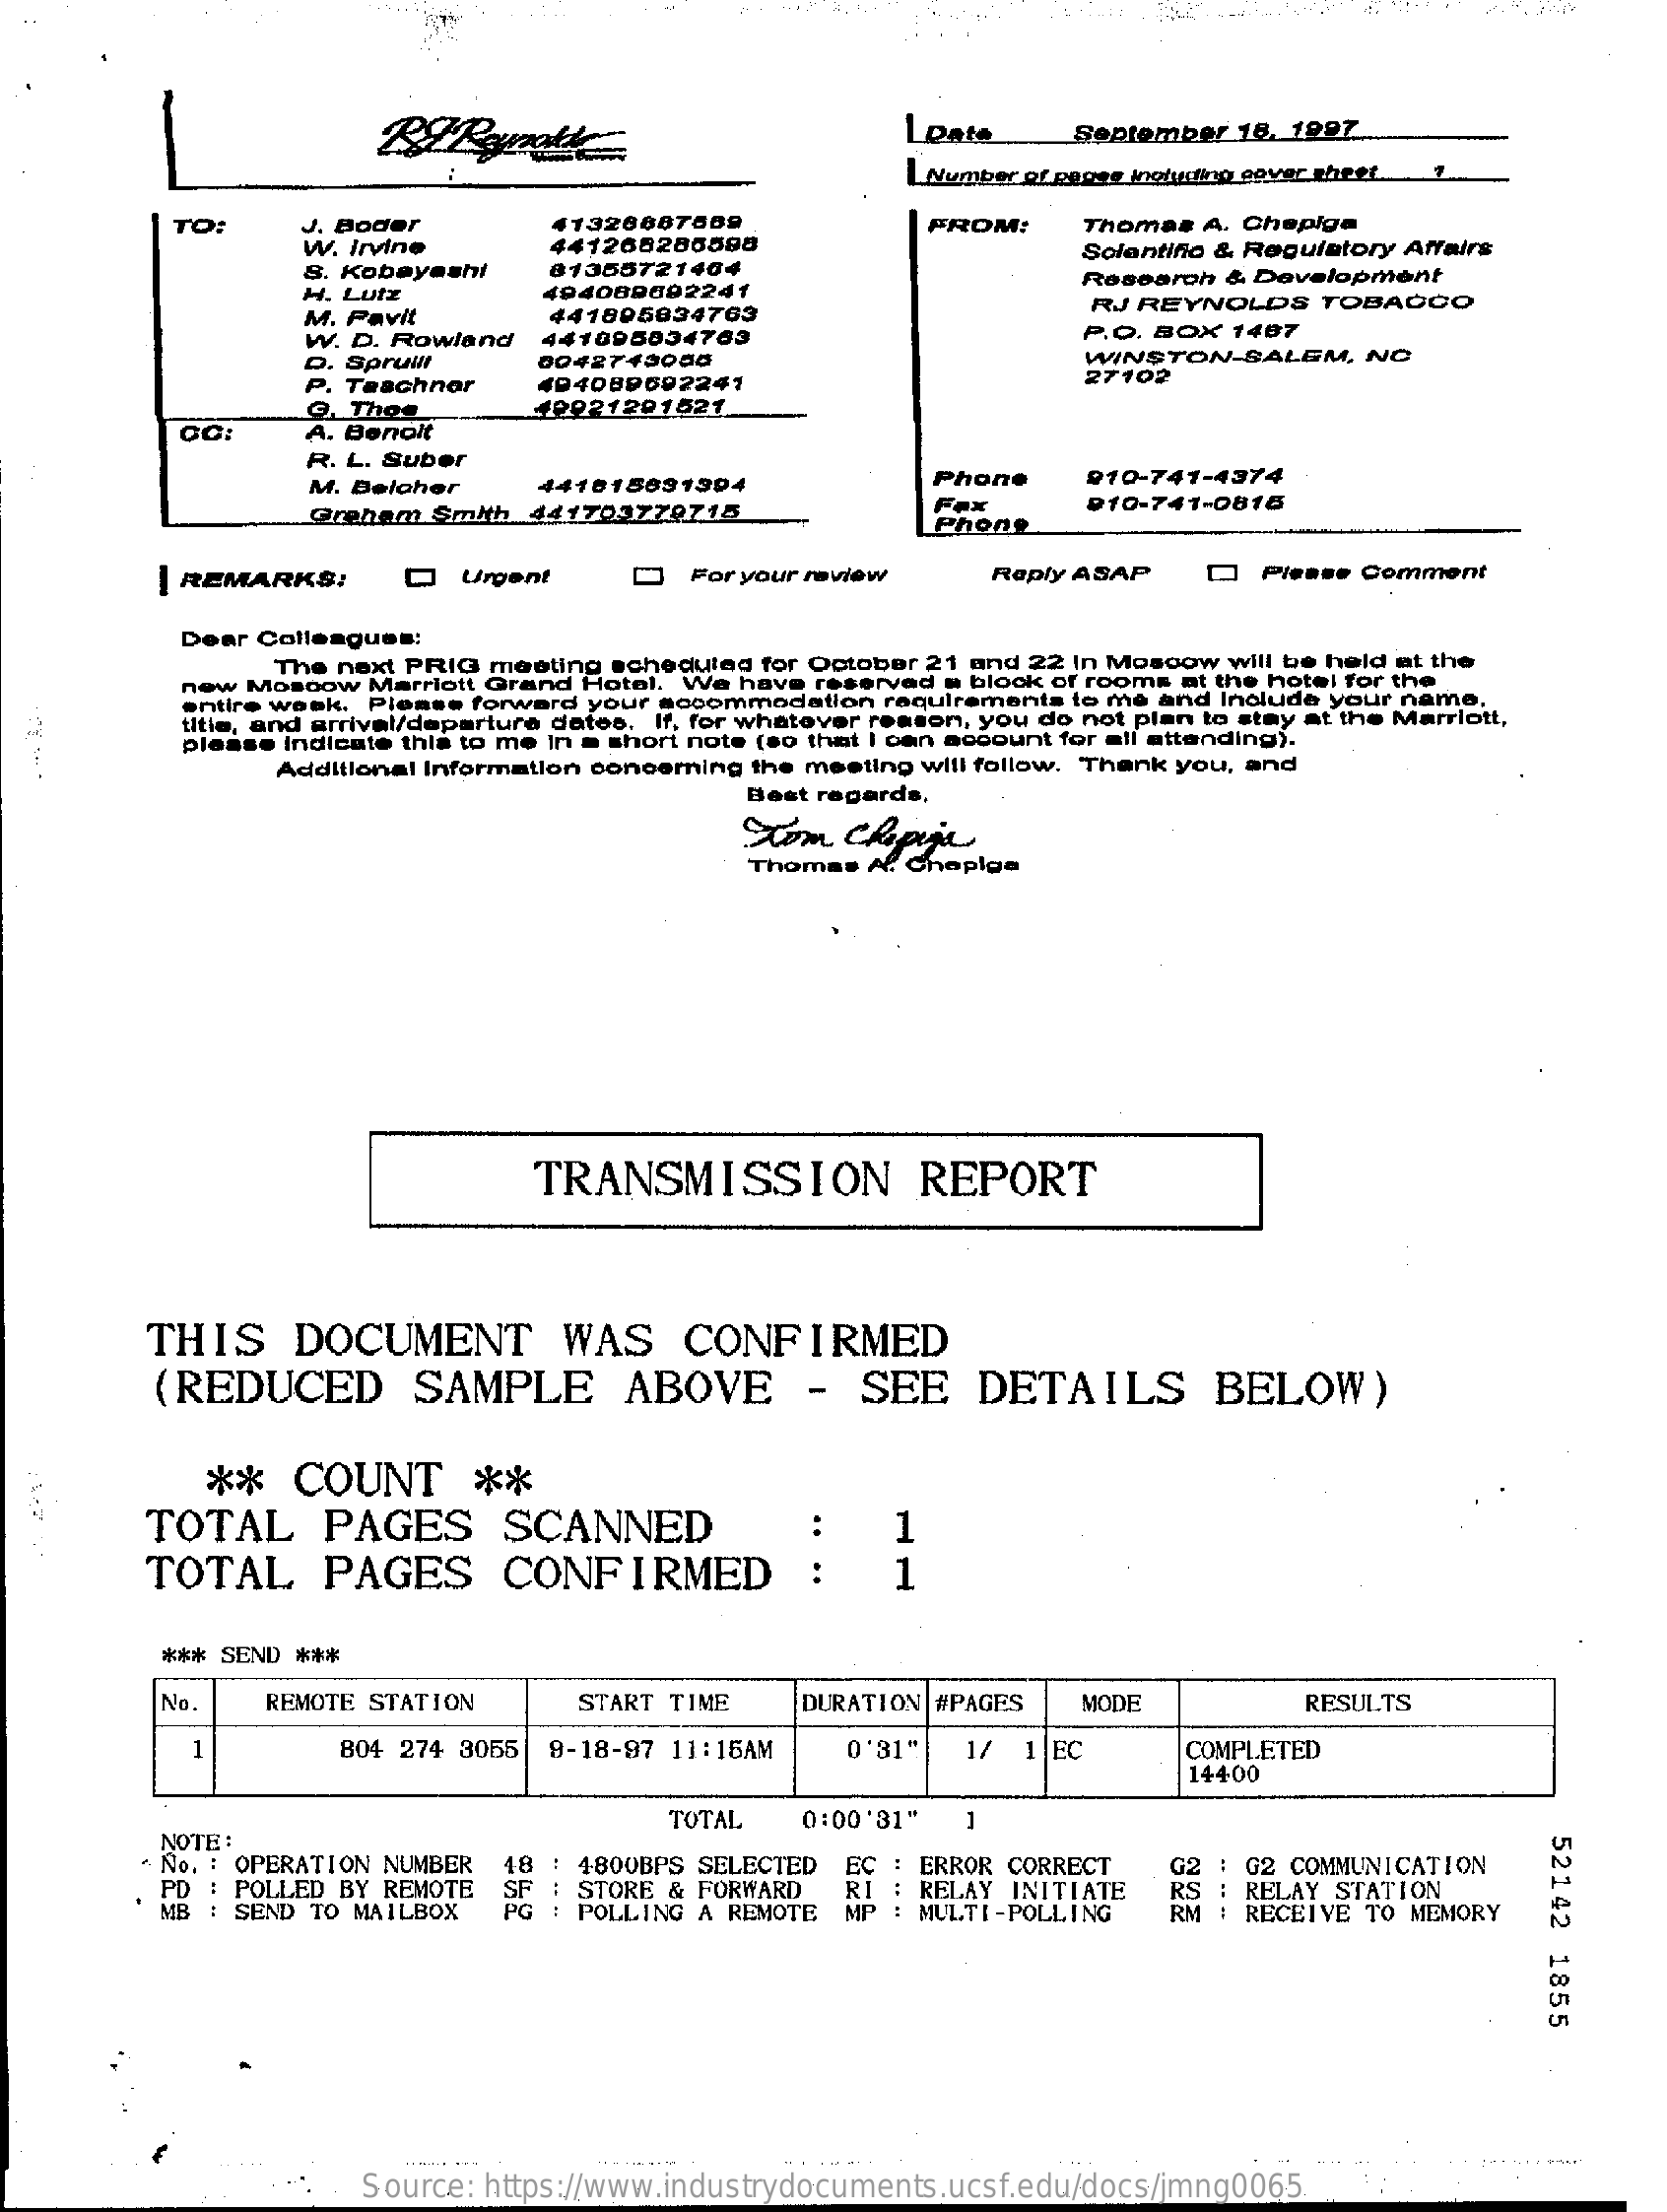
LDate    September 18. 1997
     | Number of pages inoturting eover theet
     TO:    J. Boder
     w. Irvine
     41320007689
     441268286598
     FROM:    Thomas A. Chepiga
     8. Kobayashi   81355721404
     Solantifio & Regulatory Affairs
     H. Lutz    494089092241
     Research & Development
     M. Pavit    441805834763    RJ REYNOLDS    TOBACCO
     W. D. Rowland  441095034769    P.O. BOX 1487
     D. Spruwit    0042743056    WINSTON-SALEM,   NO
     P. Teachnor    27102
     @, Thee
     494089602241
     A. Benoit
     10021201621
     R. L. Suber
     M. Beloher    441815031394    Phone    910-741-4374
     Grehem  Smith 441703770715    Fax    910-741-0816
     Phone
     | REMARKS:    Q   Urgent    For your review    Reply ASAP   Q   Please Comment
     Dear Colleagues:
     The next PRIG meeting scheduled for October 21 and 22 In Moscow will be held at the
     new Moscow  Marriott Grand Hotel. We have reserved . block of rooms at the hotel for the
     entire wask. Please forward your accommodation requirements to me and Include your name.
     titie, and arrival/departure datos. If, for whatever reason, you do not plan to stay at the Marriott,
     please indicate this to me in a short note (so that I can account for all attending).
     Additional Information concerning the meeting will follow. Thank you, and
     Best regards,
     tom  Chapije
     Thomas A. Chepiga
     TRANSMISSION    REPORT
     THIS    DOCUMENT    WAS    CONFIRMED
     (REDUCED    SAMPLE    ABOVE    -  SEE    DETAILS    BELOW)
     **   COUNT    **
     TOTAL    PAGES    SCANNED    1
     TOTAL    PAGES    CONFIRMED    :    1
     *** SEND ***
     No.    REMOTE STATION    START TIME    DURATION #PAGES  MODE    RESULTS
     804 274 3055 9-18-97 11:15AM    0'31"  1/  1 EC    COMPLETED
     14400
     NOTE :
     TOTAL    0:00'31"  1
     52142
     1855
     No. : OPERATION NUMBER
     PD : POLLED BY REMOTE SF
     18 : 4800BPS SELECTED
     RI
     ERROR CORRECT
     RELAY INITIATE
     G2 : G2 COMMUNICATION
     MB : SEND TO MAILBOX  PG
     STORE & FORWARD
     EC
     POLLING A REMOTE MP : MULTI-POLLING
     : RELAY STATION
     RM : RECEIVE TO MEMORY
     Source: https://www.industrydocuments.ucsf.edu/docs/jmng0065